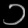
Digit: ၁